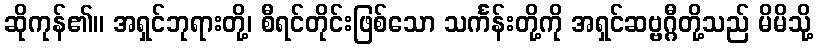
ဆိုကုန်၏။ အရှင်ဘုရားတို့၊ စီရင်တိုင်းဖြစ်သော သင်္ကန်းတို့ကို အရှင်ဆဗ္ဗဂ္ဂီတို့သည် မိမိသို့